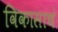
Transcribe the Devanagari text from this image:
विकासाचं